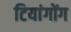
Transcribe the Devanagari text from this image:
टियांगोंग